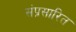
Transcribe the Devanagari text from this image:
संप्रसारित